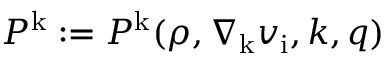
P ^ { \mathrm { k } } : = P ^ { \mathrm { k } } ( \rho , \nabla _ { \mathrm { k } } v _ { \mathrm { i } } , k , q )